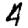
Digit: 4